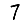
Digit: 7